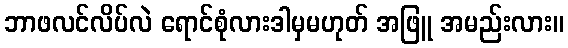
ဘာဖလင်လိပ်လဲ ရောင်စုံလားဒါမှမဟုတ် အဖြူ အမည်းလား။